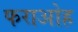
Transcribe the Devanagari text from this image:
फराओह